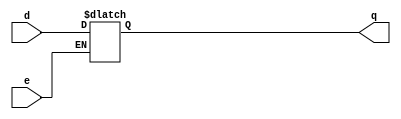
/*
 * Simulate a D-LATCH.
 * Simulated By: Satyam Kumar. <satyamkumar4@acm.org>
 * REpo :- verilog  [MIT LICENSE]
*/
module dl(e, d, q);
input e, d;
output q;
reg q;
always @ (e or d)
begin
	if(e)
		q = d;
end
endmodule

module TB;
	wire q;
	reg e, d;
	dl dut(e, d, q);

	initial begin
		$dumpfile("dlatch.vcd");
		$dumpvars(0, TB);
		$monitor ($time, " e = %b, d = %b, q = %b", e, d, q);
		#5 e = 1; 
		   d = 0;
		#4 d = 1;
		#5 e = 0;
		#4 d = 0;
		#10 $finish;
	end
endmodule